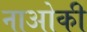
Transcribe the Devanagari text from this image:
नाओकी